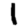
Digit: 1